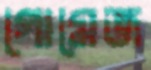
গোমেজ